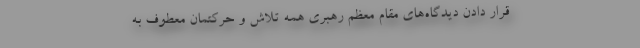
قرار دادن دیدگاه‌های مقام معظم رهبری همه تلاش و حرکتمان معطوف به